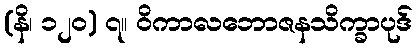
(နိ၊ ၁၂၀) ၇။ ဝိကာလဘောဇနသိက္ခာပုဒ်